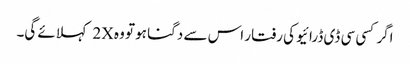
اگر کسی سی ڈی ڈرائیو کی رفتار اس سے دگنا ہو تو وہ 2X کہلائے گی۔